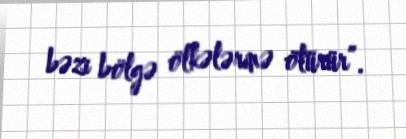
bəzi bölgə ölkələrinə ötürür”.